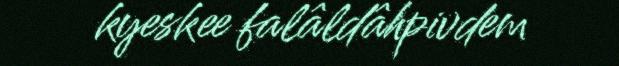
kyeskee falâldâhpivdem